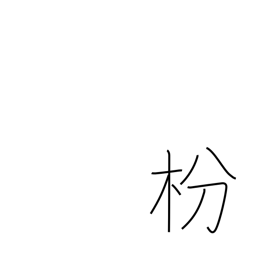
Meaning: pine tree